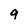
Character: 9